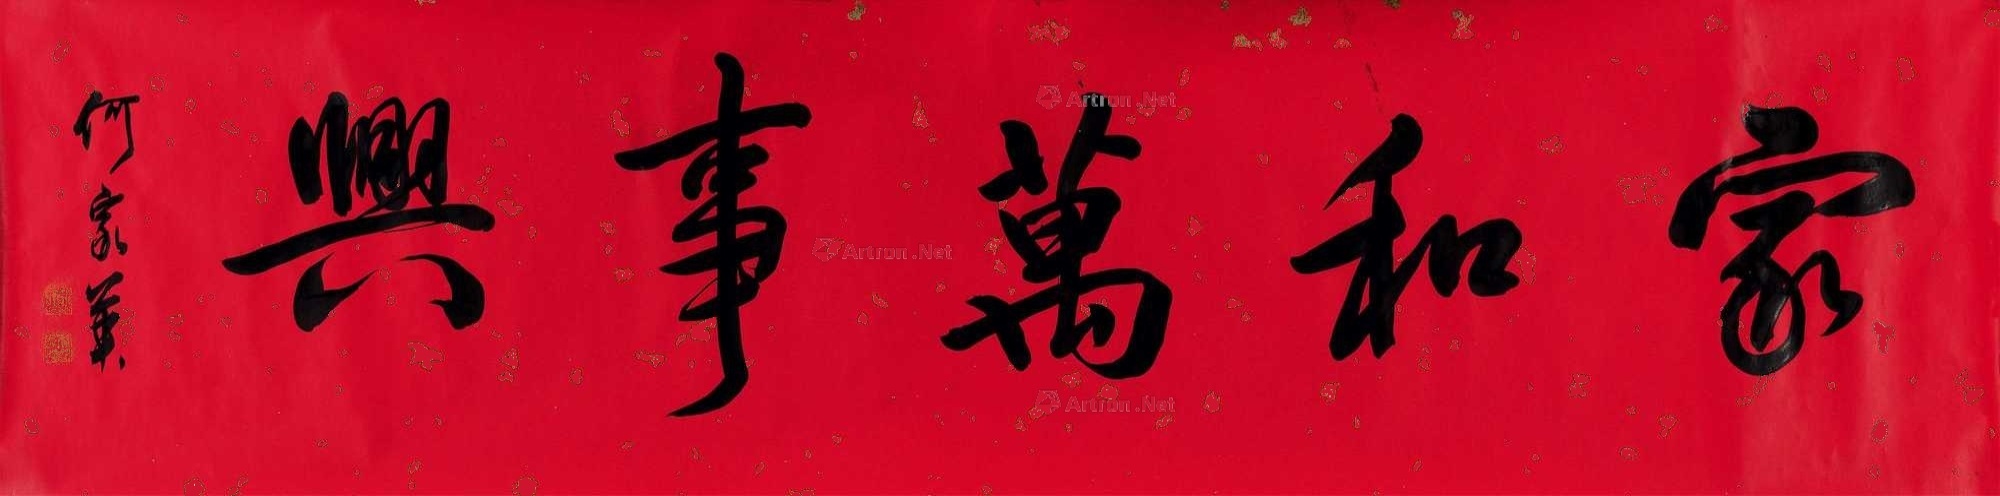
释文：家和万事兴。何家英。